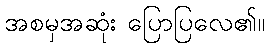
အစမှအဆုံး ပြောပြလေ၏။